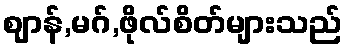
ဈာန်,မဂ်,ဖိုလ်စိတ်များသည်